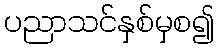
ပညာသင်နှစ်မှစ၍